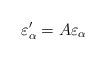
LaTeX: \begin{align*}\varepsilon _\alpha ^{\prime }=A\varepsilon _\alpha \end{align*}